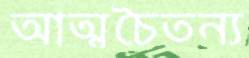
আত্মচৈতন্য